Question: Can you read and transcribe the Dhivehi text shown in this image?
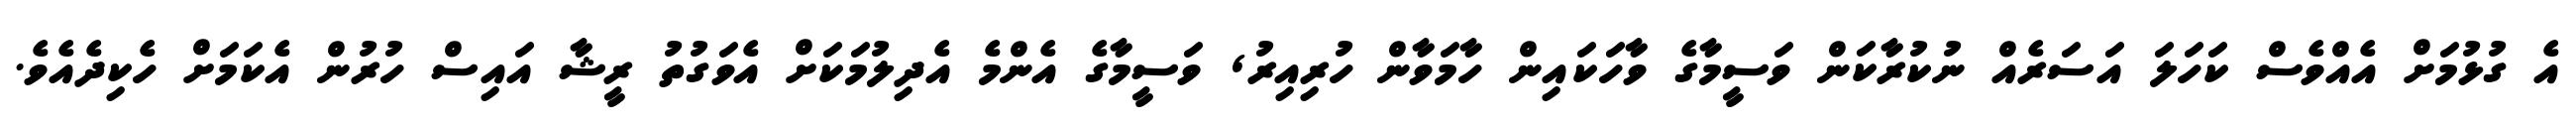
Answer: އެ ގުޅުމަށް އެއްވެސް ކަހަލަ އަސަރެއް ނުކުރާކަން ވަސީމާގެ ވާހަކައިން ހާމަވާން ހުރިއިރު, ވަސީމާގެ އެންމެ އެދިލުމަކަށް އެވަގުތު ރީޝާ އައިސް ހުރުން އެކަމަށް ހެކިދެއެވެ.